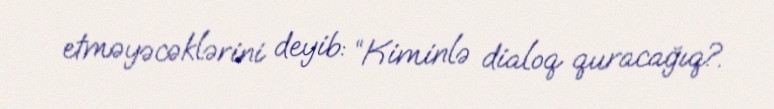
etməyəcəklərini deyib: “Kiminlə dialoq quracağıq?.